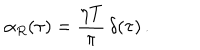
\alpha _ { R } ( \tau ) = \frac { \eta T } { \pi } \, \delta ( \tau ) \, .